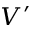
V ^ { \prime }